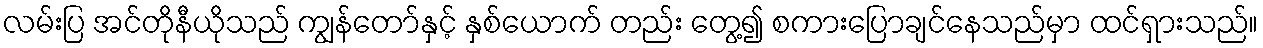
လမ်းပြ အင်တိုနီယိုသည် ကျွန်တော်နှင့် နှစ်ယောက် တည်း တွေ့၍ စကားပြောချင်နေသည်မှာ ထင်ရှားသည်။